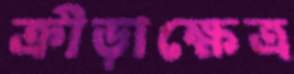
ক্রীড়াক্ষেত্র